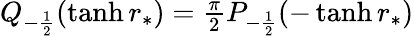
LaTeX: \begin{array}{r}{Q_{-\frac{1}{2}}(\operatorname{tanh}r_{*})=\frac{\pi}{2}P_{-\frac{1}{2}}(-\operatorname{tanh}r_{*})}\end{array}